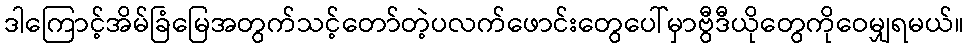
ဒါကြောင့်အိမ်ခြံမြေအတွက်သင့်တော်တဲ့ပလက်ဖောင်းတွေပေါ်မှာဗွီဒီယိုတွေကိုဝေမျှရမယ်။